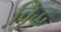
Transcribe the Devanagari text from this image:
वृि़द्ध